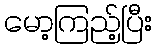
မော့ကြည့်ပြီး